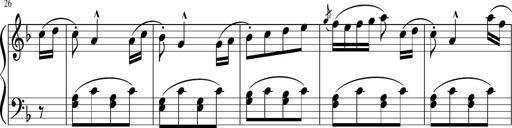
Title: 3 Sonatinen
Composer: Heinrich Lichner